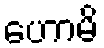
ဟောမိ